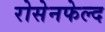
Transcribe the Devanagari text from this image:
रोसेनफेल्द